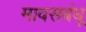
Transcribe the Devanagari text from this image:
मावसबंधू